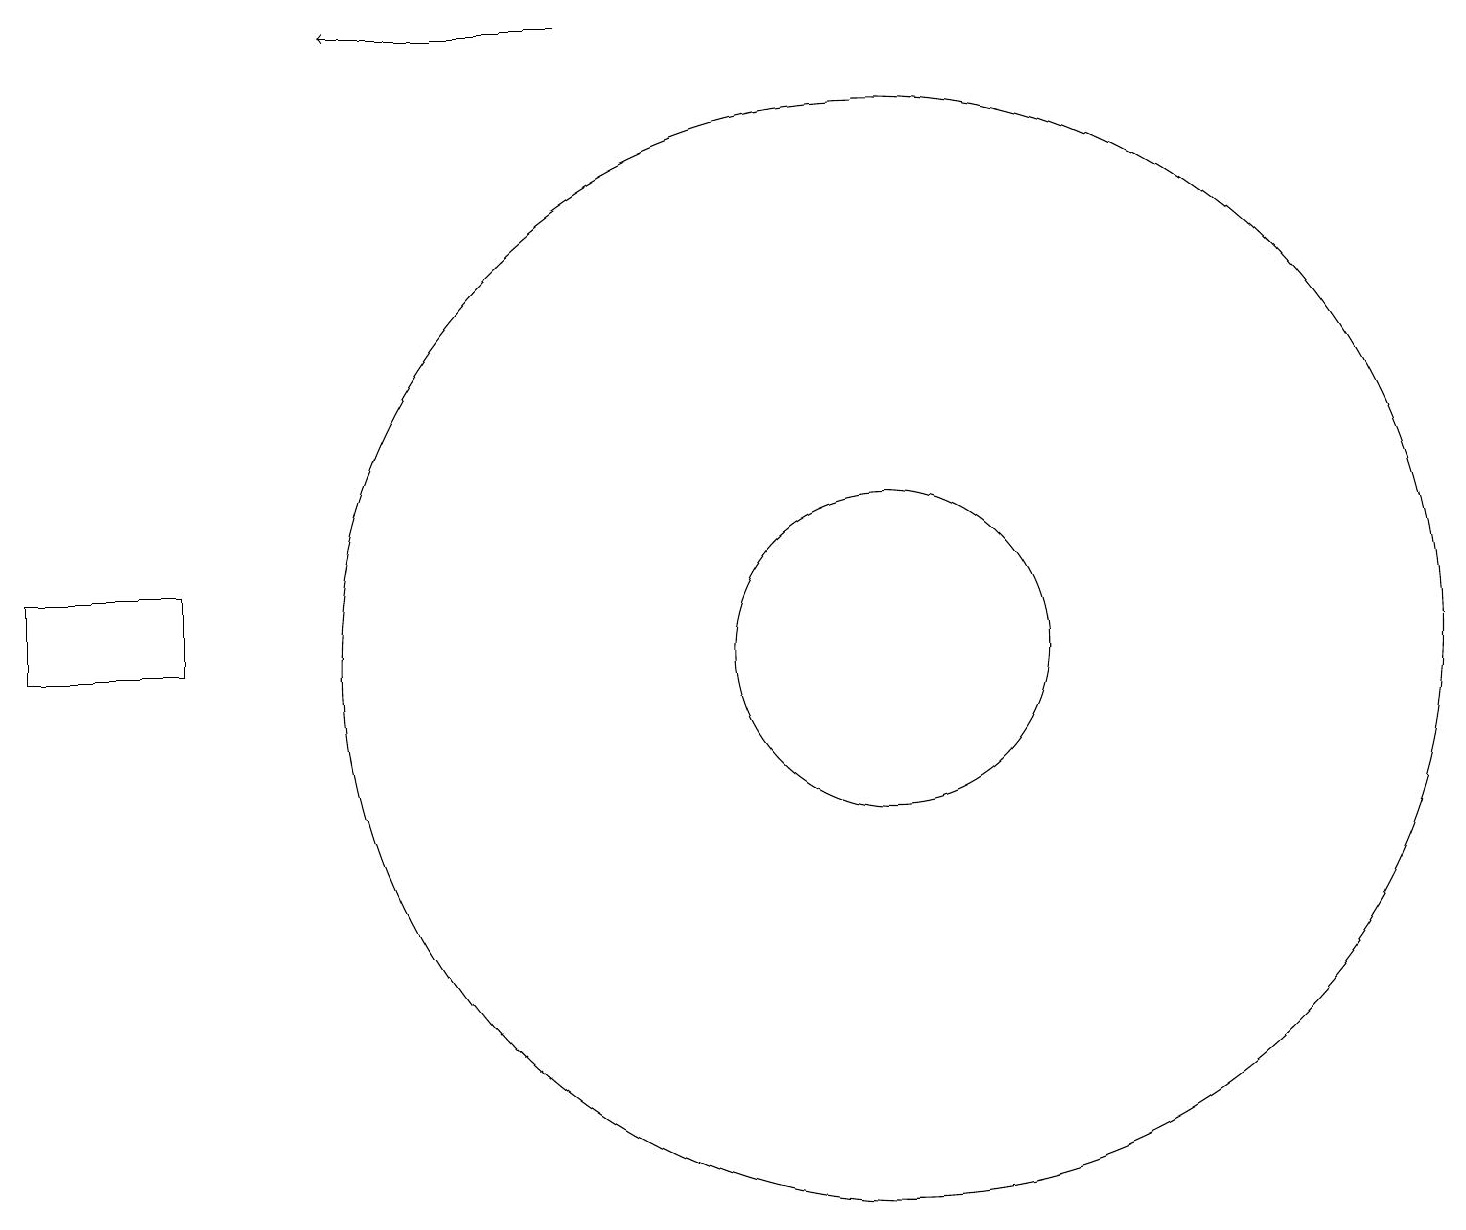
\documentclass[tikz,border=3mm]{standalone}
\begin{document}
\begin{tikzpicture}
\draw[->] (7,18) -- (4,18);
\draw (11,10) circle (2);
\draw (11,10) circle (7);
\draw (2,10) rectangle (0,11);
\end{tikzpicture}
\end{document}